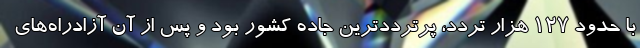
با حدود 127 هزار تردد، پرترددترین جاده کشور بود و پس از آن آزادراه‌های